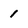
Character: 1